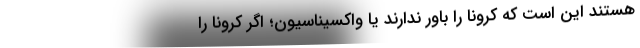
هستند این است که کرونا را باور ندارند یا واکسیناسیون؛ اگر کرونا را